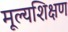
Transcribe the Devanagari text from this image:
मूल्यशिक्षण